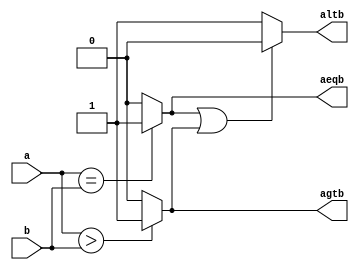
// zadanie na wejsciowke
// komparator
module cw4_1
    #(
        parameter N=4
    )
    (
        input [N-1:0] a,b,
        output reg altb,aeqb,agtb
    );

    // cialo funkcji
    // jezeli a<b to altb=1
    // jezeli a=b to aeqb=1
    // jezeli a>b to agtb=1
    // intrukcje rownolegle lub proceduralne

    // wersja 2. skorzystac z wlasnosci:
    // jezeli ~(A>B) & ~(A=B) to (A<B)
    always@ (*) begin
        altb = 0;
        aeqb = 0;
        agtb = 0;
        if (a==b)  aeqb = 1'b1;
        if (a>b)  agtb = 1'b1;
        if  (!(aeqb || agtb))  altb = 1'b1;
    end
    // porownac realizacje: RTL Viewer (w Quartus2)

endmodule